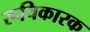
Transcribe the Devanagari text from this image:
रूचिकारक